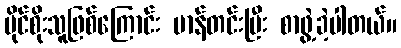
ပိုင်စိုးသူဖြစ်ကြောင်း မာန်တင်းပြီး စာဖွဲ့ခဲ့ပါတယ်။